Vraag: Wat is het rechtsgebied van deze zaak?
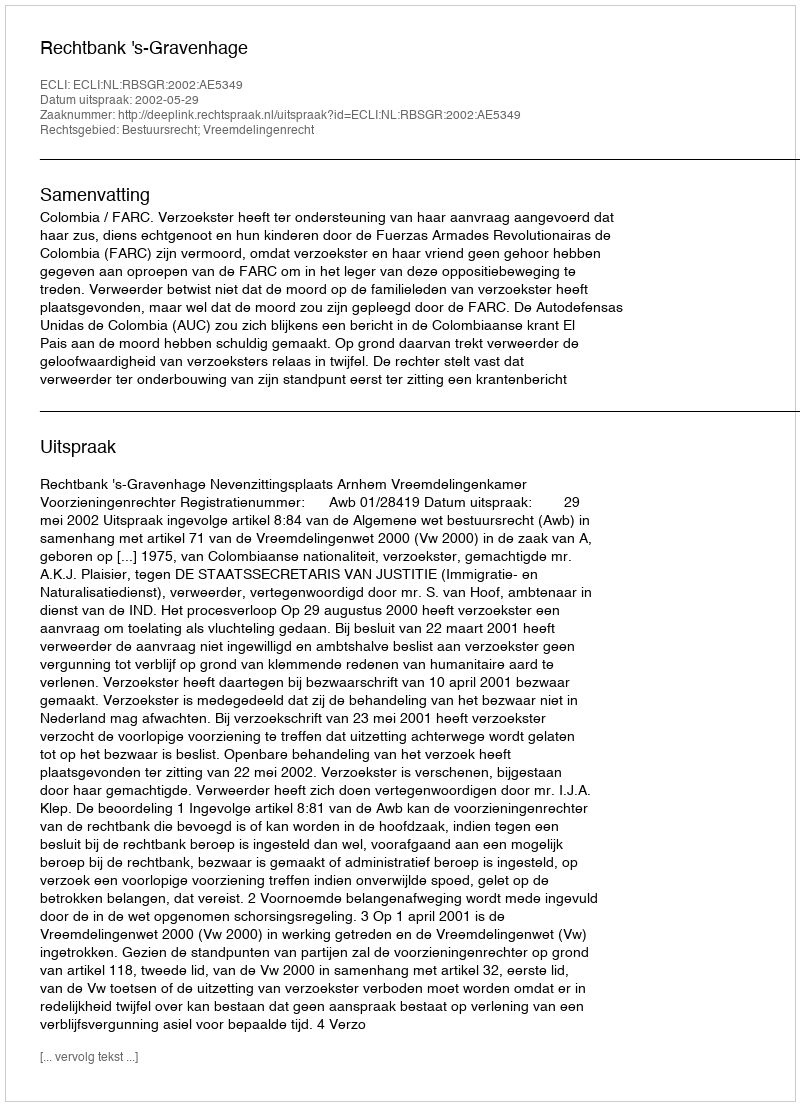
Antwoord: Bestuursrecht; Vreemdelingenrecht